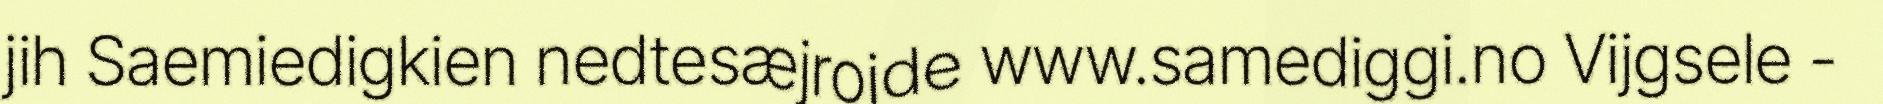
jih Saemiedigkien nedtesæjrojde www.samediggi.no Vijgsele -